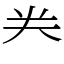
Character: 龹